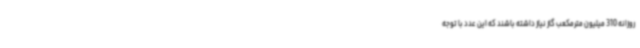
روزانه 310 میلیون مترمکعب گاز نیاز داشته باشند که این عدد با توجه